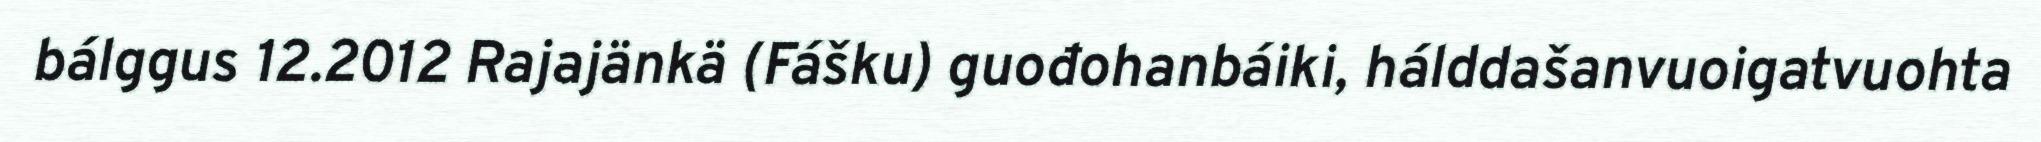
bálggus 12.2012 Rajajänkä (Fášku) guođohanbáiki, hálddašanvuoigatvuohta